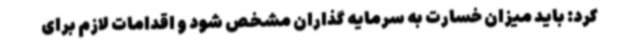
کرد: باید میزان خسارت به سرمایه گذاران مشخص شود و اقدامات لازم برای